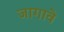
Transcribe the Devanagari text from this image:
जागावे